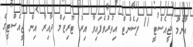
އާންމު ޖީއެސްޓީ 11 ޕަސެންޓް އިތުރުވެފައިވާ އިރު ޓޫރިޒަމް ދާއިރާ އިން ޖީއެސްޓީގެ